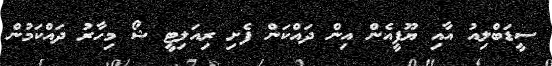
ސީޑަބްލިއު އާއި ޔޫޕީއެން އިން ދައްކަން ފެށި ރިއަލިޓީ ޝޯ މިހާރު ދައްކަމުން